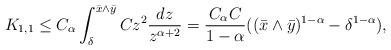
LaTeX: \begin{align*}K_{1,1}\le C_\alpha\int_\delta^{\bar{x}\wedge\bar{y}}Cz^2\frac{dz}{z^{\alpha+2}}=\frac{C_\alpha C}{1-\alpha}((\bar{x}\wedge\bar{y})^{1-\alpha}-\delta^{1-\alpha}),\end{align*}